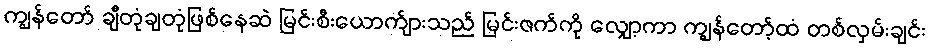
ကျွန်တော် ချီတုံချတုံဖြစ်နေဆဲ မြင်းစီးယောက်ျားသည် မြင်းဇက်ကို လျှော့ကာ ကျွန်တော့်ထံ တစ်လှမ်းချင်း